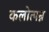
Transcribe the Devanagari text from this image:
कलोत्पन्न